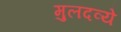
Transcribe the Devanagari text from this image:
मुलदव्ये